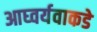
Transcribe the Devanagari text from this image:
आघ्वर्यवाकडे